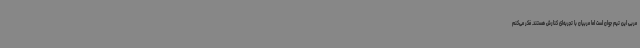
مربی این تیم جوان است اما مربیان با تجربه‌ای کنارش هستند. فکر می‌کنم